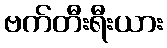
ဗက်တီးရီးယား